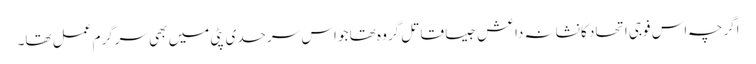
اگرچہ اس فوجی اتحاد کا نشانہ داعش جیسا قاتل گروہ تھا جو اس سرحدی پٹی میں بھی سرگرم عمل تھا۔